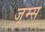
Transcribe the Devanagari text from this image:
जूम्स